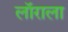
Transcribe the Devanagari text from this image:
लॉराला